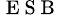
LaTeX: _{\mathrm{~E~S~B~}}